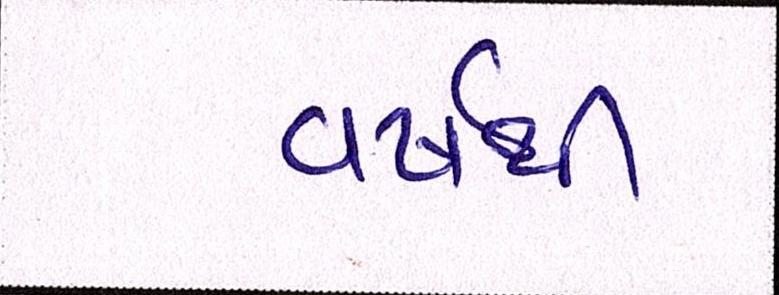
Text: વર્ષથી